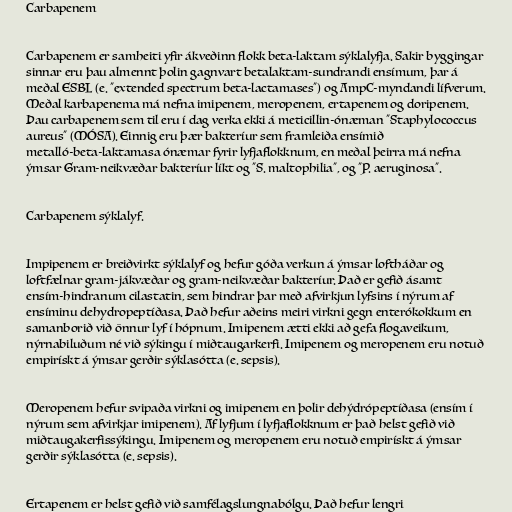
Carbapenem

Carbapenem er samheiti yfir ákveðinn flokk beta-laktam sýklalyfja. Sakir byggingar
sinnar eru þau almennt þolin gagnvart betalaktam-sundrandi ensímum, þar á
meðal ESBL (e. "extended spectrum beta-lactamases") og AmpC-myndandi lífverum.
Meðal karbapenema má nefna imipenem, meropenem, ertapenem og doripenem.
Þau carbapenem sem til eru í dag verka ekki á meticillin-ónæman "Staphylococcus
aureus" (MÓSA). Einnig eru þær bakteríur sem framleiða ensímið
metalló-beta-laktamasa ónæmar fyrir lyfjaflokknum, en meðal þeirra má nefna
ýmsar Gram-neikvæðar bakteríur líkt og "S. maltophilia", og "P. aeruginosa".

Carbapenem sýklalyf.

Impipenem er breiðvirkt sýklalyf og hefur góða verkun á ýmsar loftháðar og
loftfælnar gram-jákvæðar og gram-neikvæðar bakteríur. Það er gefið ásamt
ensím-hindranum cilastatin, sem hindrar þar með afvirkjun lyfsins í nýrum af
ensíminu dehydropeptíðasa. Það hefur aðeins meiri virkni gegn enterókokkum en
samanborið við önnur lyf í hópnum. Imipenem ætti ekki að gefa flogaveikum,
nýrnabiluðum né við sýkingu í miðtaugarkerfi. Imipenem og meropenem eru notuð
empirískt á ýmsar gerðir sýklasótta (e. sepsis).

Meropenem hefur svipaða virkni og imipenem en þolir dehýdrópeptíðasa (ensím í
nýrum sem afvirkjar imipenem). Af lyfjum í lyfjaflokknum er það helst gefið við
miðtaugakerfissýkingu. Imipenem og meropenem eru notuð empirískt á ýmsar
gerðir sýklasótta (e. sepsis).

Ertapenem er helst gefið við samfélagslungnabólgu. Það hefur lengri